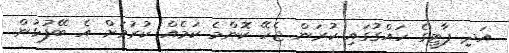
އަދި ޕާޓީގެ ހައްގުގައި ކުރަން ޖެހޭ ކޮންމެ ކަމެއް ކުރުމަށް އެ ބޭފުޅުން